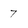
Character: 7